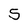
Character: 5